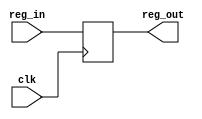
module FE_DE_reg( 
    input clk,
    input [23:0] reg_in,
	 output reg [23:0] reg_out);

	 

	 
always @ (negedge clk)
begin
reg_out [23:0] <= reg_in [23:0];

end
endmodule